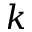
k